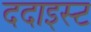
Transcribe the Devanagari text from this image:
ददाइस्ट